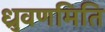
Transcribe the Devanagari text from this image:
ध्रुवणमिति